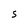
Character: S